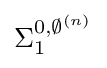
\Sigma _{1}^{0,\emptyset ^{(n)}}